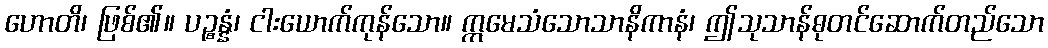
ဟောတိ၊ ဖြစ်၏။ ပဉ္စန္နံ၊ ငါးယောက်ကုန်သော။ ဣမေသံသောသာနိကာနံ၊ ဤသုသာန်ဓုတင်ဆောက်တည်သော